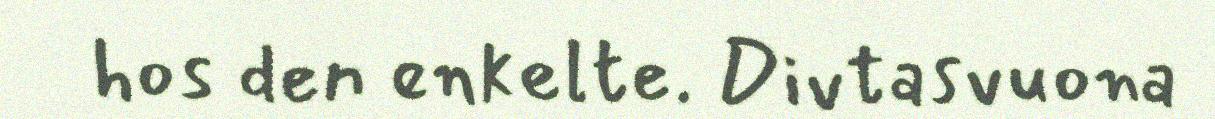
hos den enkelte. Divtasvuona